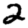
Digit: 2